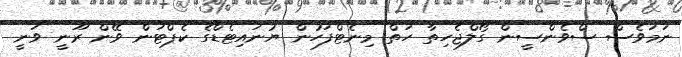
ނަމަވެސް ސްވެންސީން ގޯލްޖެހިތާ ހަތް މިނެޓްފަހުން ޔުނައިޓެޑްގެ ކެޕްޓަން ވޭން ރޫނީ ވަނީ